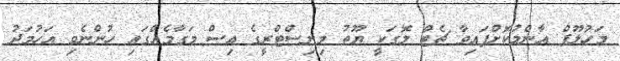
މަހުލޫފް އާންމުކޮށްފައިވާ ޗެޓް ލޮގަކީ ޔޫތު މިނިސްޓްރީގެ އިސް މަގާމެއްގައި ހުންނެވި އަހުމަދު